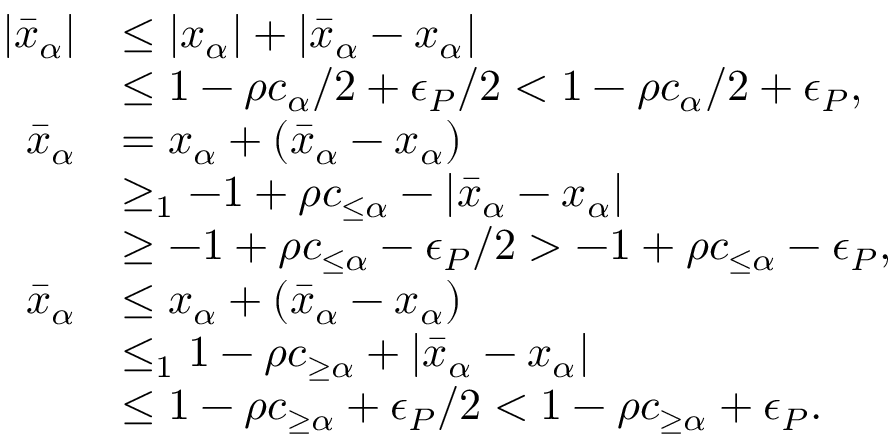
\begin{array} { r l } { | \bar { x } _ { \alpha } | } & { \leq | x _ { \alpha } | + | \bar { x } _ { \alpha } - x _ { \alpha } | } \\ & { \leq 1 - \rho c _ { \alpha } / 2 + \epsilon _ { P } / 2 < 1 - \rho c _ { \alpha } / 2 + \epsilon _ { P } , } \\ { \bar { x } _ { \alpha } } & { = x _ { \alpha } + ( \bar { x } _ { \alpha } - x _ { \alpha } ) } \\ & { \geq _ { 1 } - 1 + \rho c _ { \leq \alpha } - | \bar { x } _ { \alpha } - x _ { \alpha } | } \\ & { \geq - 1 + \rho c _ { \leq \alpha } - \epsilon _ { P } / 2 > - 1 + \rho c _ { \leq \alpha } - \epsilon _ { P } , } \\ { \bar { x } _ { \alpha } } & { \leq x _ { \alpha } + ( \bar { x } _ { \alpha } - x _ { \alpha } ) } \\ & { \leq _ { 1 } 1 - \rho c _ { \geq \alpha } + | \bar { x } _ { \alpha } - x _ { \alpha } | } \\ & { \leq 1 - \rho c _ { \geq \alpha } + \epsilon _ { P } / 2 < 1 - \rho c _ { \geq \alpha } + \epsilon _ { P } . } \end{array}